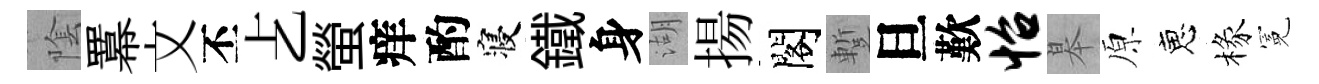
隂羃文丕𠧒螢痒酌寝鐵身湖揚閣蹔旦歎怡皋原恵椽冕